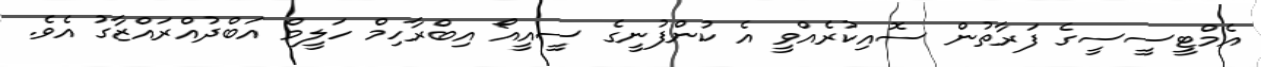
އެމްޓީސީސީގެ ފަރާތުން ސޮއިކުރެއްވީ އެ ކުންފުނީގެ ސީއީއޯ އިބްރާހިމް ހަލީމް އަބްދުއްރައްޒާގު އެވެ.